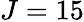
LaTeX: J=15